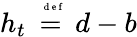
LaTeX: h_{t}\stackrel{\mathrm{~\tiny~{~d~e~f~}~}}{=}d-b